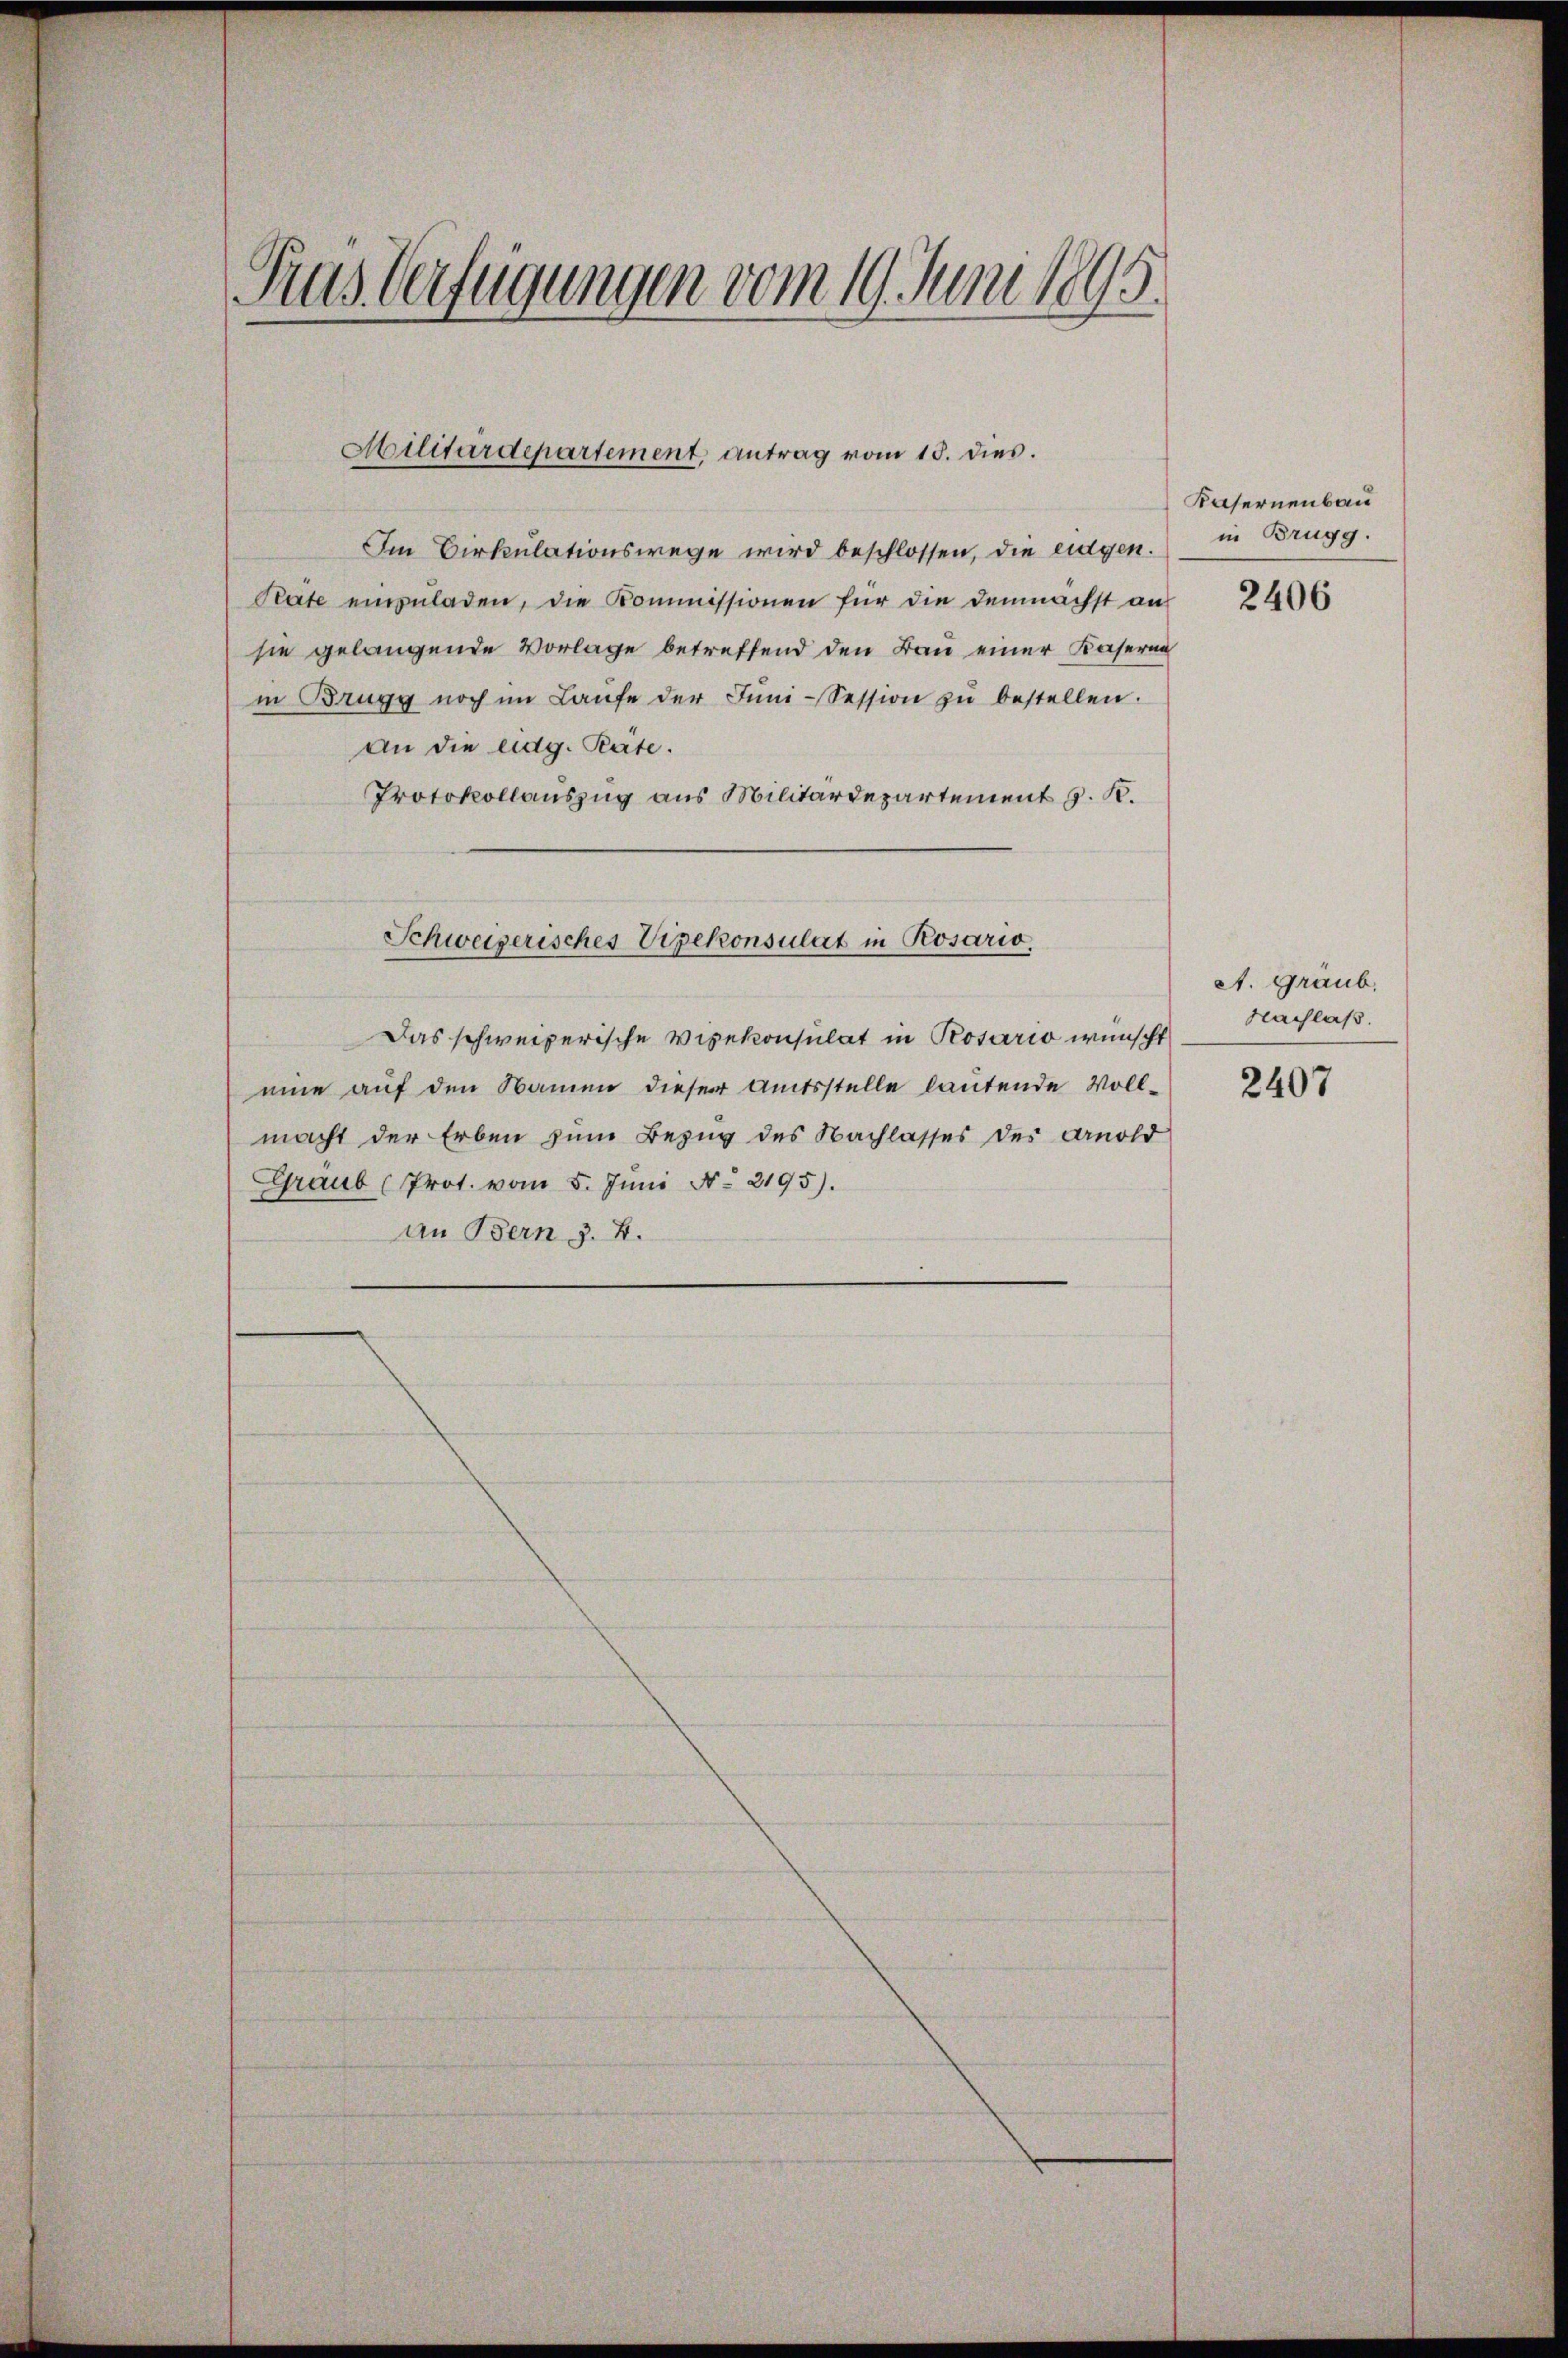
Pius Verfügungen vom 19. Juni 1895.

Militärdepartement, antrag vom 15. dies.

Im Cirkulationswege wird beschlossen, die eidgen.
Pate einzŭladen, die Kommissionen für die demnächst an
sie gelangende Vorlage betreffend den Bau einer Kaserna
in Brugg noch im Laŭfe der Jŭni-Session zŭ bestellen.
An die eidg. Pate.
Protokollauszug aus Militärdepartement J. K.
Schweizerisches Vizekonsulat in Rosario,
Das schweizerische Visekonsulat in Rosario wünscht
eine auf den Namen dieser Amtsstelle lautende Vollmacht der Erben zum Bezug des Nachlasses der Arnold
Graub (Prot. vom 5. Juni N. 2195).
an Bern 3. 4.

Kasernenbau
in Brugg.

2406

A. Graub.
Nachlaß.

2407